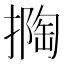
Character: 𱠯